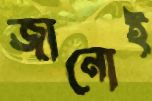
জানোই